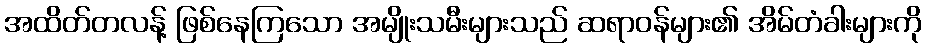
အထိတ်တလန့် ဖြစ်နေကြသော အမျိုးသမီးများသည် ဆရာဝန်များ၏ အိမ်တံခါးများကို